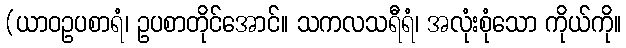
(ယာဝဥပစာရံ၊ ဥပစာတိုင်အောင်။ သကလသရီရံ၊ အလုံးစုံသော ကိုယ်ကို။